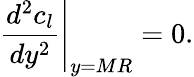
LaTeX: \left.{\frac{d^{2}c_{l}}{dy^{2}}}\right|_{y=MR}=0.